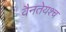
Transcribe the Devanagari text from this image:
वैनतेयश्च